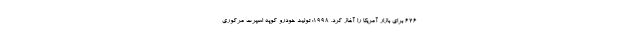
626 برای بازار آمریکا را آغاز کرد. 1998: تولید خودرو کوپه اسپرت مرکوری